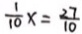
\frac { 1 } { 1 0 } x = \frac { 2 7 } { 1 0 }